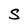
Character: S